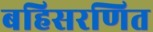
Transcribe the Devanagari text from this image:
बहिसरणित